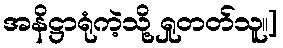
အနိဋ္ဌာရုံကဲ့သို့ ရှုတတ်သူ။]